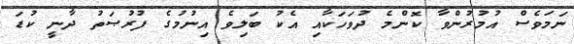
ނަމަވެސް އުމުރުންވާ ކޮންމެ ދުވަހަކާއި އެކު ބަލިވެ އިނުމުގެ ފުރުޞަތު ދާނީ ކުޑަ